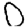
Digit: 0